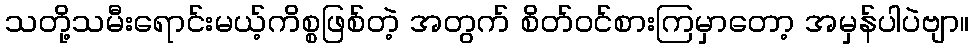
သတို့သမီးရောင်းမယ့်ကိစ္စဖြစ်တဲ့ အတွက် စိတ်ဝင်စားကြမှာတော့ အမှန်ပါပဲဗျာ။